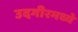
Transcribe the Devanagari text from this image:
उदगीरमध्ये